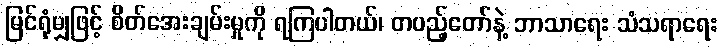
မြင်ရုံမျှဖြင့် စိတ်အေးချမ်းမှုကို ရကြပါတယ်၊ တပည့်တော်နဲ့ ဘာသာရေး သံသရာရေး